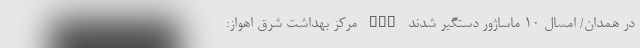
در همدان/ امسال 10 ماساژور دستگیر شدند nan مرکز بهداشت شرق اهواز: